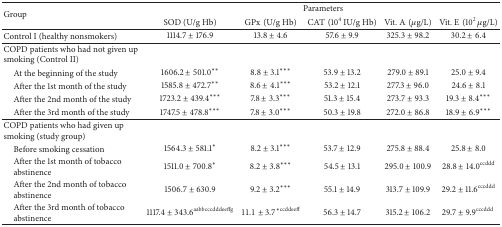
| <ROWSPAN=2> Group | <COLSPAN=5> Parameters |
 | SOD (U/g Hb) | GPx(U/g Hb) | CAT(104 IU/g Hb) | Vit. A(μg/L) | Vit. E(102 μg/L) |
 | --- | --- | --- | --- | --- | --- |
 | Control I (healthy nonsmokers) | 1114.7 ± 176.9 | 13.8 ± 4.6 | 57.6 ± 9.9 | 325.3 ± 98.2 | 30.2 ± 6.4 |
 | COPD patients who had not given up smoking (Control II) |  |  |  |  |  |
 | At the beginning of the study | 1606.2 ± 501.0** | 8.8 ± 3.1*** | 53.9 ± 13.2 | 279.0 ± 89.1 | 25.0 ± 9.4 |
 | After the 1st month of the study | 1585.8 ± 472.7** | 8.6 ± 4.1*** | 53.2 ± 12.1 | 277.3 ± 96.0 | 24.6 ± 8.1 |
 | After the 2nd month of the study | 1723.2 ± 439.4*** | 7.8 ± 3.3*** | 51.3 ± 15.4 | 273.7 ± 93.3 | 19.3 ± 8.4*** |
 | After the 3rd month of the study | 1747.5 ± 478.8*** | 7.8 ± 3.0*** | 50.3 ± 19.8 | 272.0 ± 86.8 | 18.9 ± 6.9*** |
 | COPD patients who had given up smoking (study group) |  |  |  |  |  |
 | Before smoking cessation | 1564.3 ± 581.1* | 8.2 ± 3.1*** | 53.7 ± 12.9 | 275.8 ± 88.4 | 25.8 ± 8.0 |
 | After the 1st month of tobaccoabstinence | 1511.0 ± 700.8* | 8.2 ± 3.8*** | 54.5 ± 13.1 | 295.0 ± 100.9 | 28.8 ± 14.0ccddd |
 | After the 2nd month of tobaccoabstinence | 1506.7 ± 630.9 | 9.2 ± 3.2*** | 55.1 ± 14.9 | 313.7 ± 109.9 | 29.2 ± 11.6cccddd |
 | After the 3rd month of tobaccoabstinence | 1117.4 ± 343.6aabbcccdddeeffg | 11.1 ± 3.7∗ccddeeff | 56.3 ± 14.7 | 315.2 ± 106.2 | 29.7 ± 9.9cccddd |